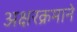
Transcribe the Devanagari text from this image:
अक्षरक्रमाने